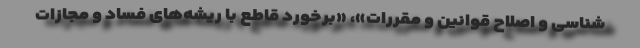
شناسی و اصلاح قوانین و مقررات»، «برخورد قاطع با ریشه‌های فساد و مجازات